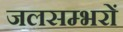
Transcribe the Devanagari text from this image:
जलसम्भरों